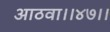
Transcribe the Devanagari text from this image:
आठवा।।४७।।